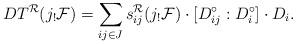
LaTeX: \begin{align*}DT^{\cal R}(j_!{\cal F})=\sum_{ij\in J}s_{ij}^{\cal R}(j_!{\cal F})\cdot [D_{ij}^\circ:D_i^\circ]\cdot D_i.\end{align*}